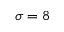
\sigma = 8